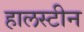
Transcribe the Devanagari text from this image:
हालस्टीन